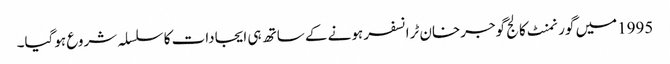
1995میں گورنمنٹ کالج گوجرخان ٹرانسفر ہونے کے ساتھ ہی ایجادات کا سلسلہ شروع ہوگیا۔